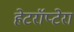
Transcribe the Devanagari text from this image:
हेटरॉप्टेरा